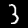
Digit: 3